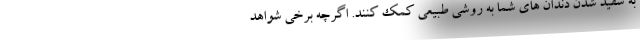
به سفید شدن دندان های شما به روشی طبیعی کمک کنند. اگرچه برخی شواهد